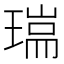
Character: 𤨈